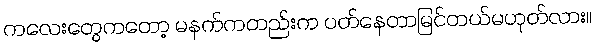
ကလေးတွေကတော့ မနက်ကတည်းက ပတ်နေတာမြင်တယ်မဟုတ်လား။